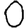
Digit: 0